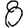
Digit: 8